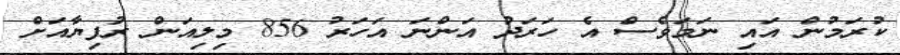
ކުރަމުން އައި ނަމަވެސް އެ ހަރަދު އަންނަ އަަހަރު 856 މިލިއަން ރުފިޔާއަށް